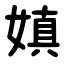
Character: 嫃